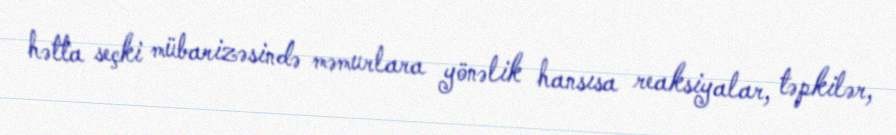
hətta seçki mübarizəsində məmurlara yönəlik hansısa reaksiyalar, təpkilər,